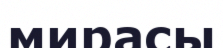
мирасы